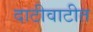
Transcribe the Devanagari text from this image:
दाटीवाटीत